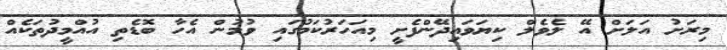
މިރަށު އަލަށް އޭ ލެވެލް ކިޔަވައިދޭންފެށީ މިއަހަރުކަމުގައި ވުމުން އެހާ ބޮޑެތި އުއްމީދުތަކެއް